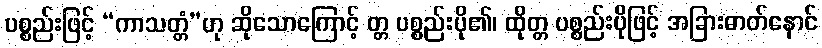
ပစ္စည်းဖြင့် “ကာသတ္တံ”ဟု ဆိုသောကြောင့် တ္တ ပစ္စည်းပို၏၊ ထိုတ္တ ပစ္စည်းပိုဖြင့် အခြားဓာတ်နောင်